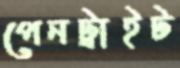
পেনট্রাইট